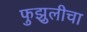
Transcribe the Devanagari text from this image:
फुझुलीचा